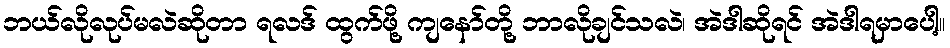
ဘယ်လိုလုပ်မလဲဆိုတာ ရလဒ် ထွက်ဖို့ ကျနော်တို့ ဘာလိုချင်သလဲ၊ အဲဒါဆိုရင် အဲဒါရမှာပေါ့။